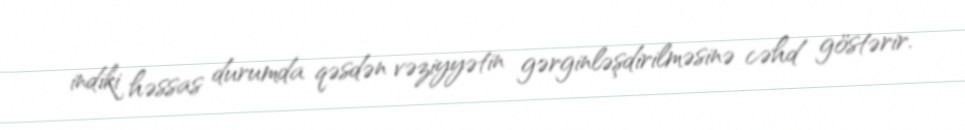
indiki həssas durumda qəsdən vəziyyətin gərginləşdirilməsinə cəhd göstərir.